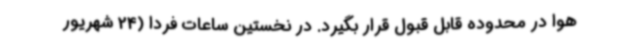
هوا در محدوده قابل‌ قبول قرار بگیرد. در نخستین ساعات فردا (24 شهریور